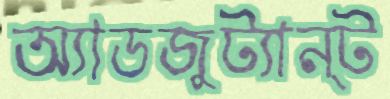
অ্যাডজুট্যান্ট